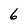
Character: 6